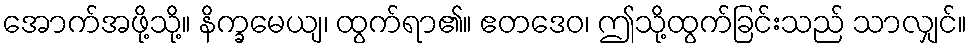
အောက်အဖို့သို့။ နိက္ခမေယျ၊ ထွက်ရာ၏။ ဧတဒေဝ၊ ဤသို့ထွက်ခြင်းသည် သာလျှင်။